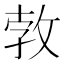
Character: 㪍